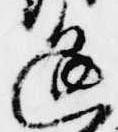
退